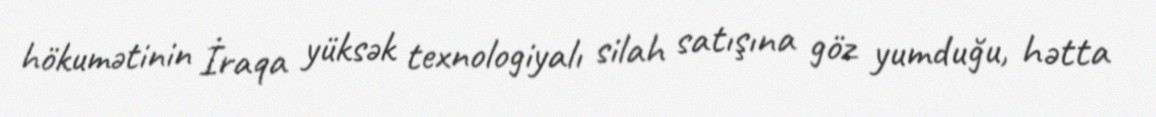
hökumətinin İraqa yüksək texnologiyalı silah satışına göz yumduğu, hətta